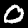
Digit: 0